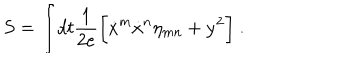
LaTeX: S = \int \! d t { \frac { 1 } { 2 e } } \biggl [ { \dot { x } } ^ { m } { \dot { x } } ^ { n } \eta _ { m n } + { \dot { y } } ^ { 2 } \biggr ] \ .